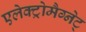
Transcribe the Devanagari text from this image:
एलेक्ट्रोमैग्नेट्